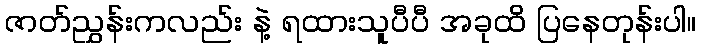
ဇာတ်ညွှန်းကလည်း နဲ့ ရထားသူပီပီ အခုထိ ပြနေတုန်းပါ။